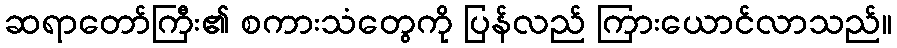
ဆရာတော်ကြီး၏ စကားသံတွေကို ပြန်လည် ကြားယောင်လာသည်။